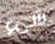
شيء